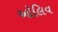
ઑલિવ